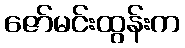
ဇော်မင်းထွန်းက